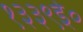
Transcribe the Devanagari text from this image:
१३३९ई०